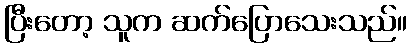
ပြီးတော့ သူက ဆက်ပြောသေးသည်။